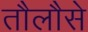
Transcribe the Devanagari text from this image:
तौलौसे